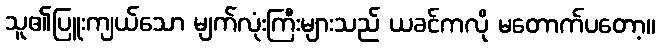
သူ၏ပြူးကျယ်သော မျက်လုံးကြီးများသည် ယခင်ကလို မတောက်ပတော့။